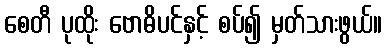
စေတီ ပုထိုး ဗောဓိပင်နှင့် စပ်၍ မှတ်သားဖွယ်။